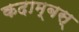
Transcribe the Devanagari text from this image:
कदाम्बस्